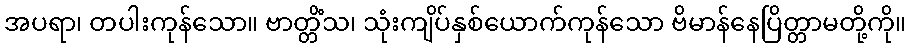
အပရာ၊ တပါးကုန်သော။ ဗာတ္တိံသ၊ သုံးကျိပ်နှစ်ယောက်ကုန်သော ဗိမာန်နေပြိတ္တာမတို့ကို။